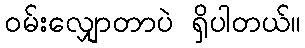
၀မ်းလျှောတာပဲ ရှိပါတယ်။